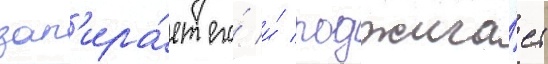
зап'ира́ет его́ и́ поджига́ет